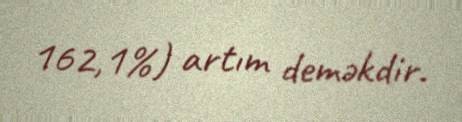
162,1%) artım deməkdir.